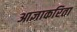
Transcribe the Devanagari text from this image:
आज्ञाकरिता